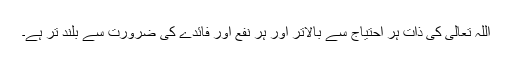
اللہ تعالیٰ کی ذات ہر احتیاج سے بالاتر اور ہر نفع اور فائدے کی ضرورت سے بلند تر ہے۔